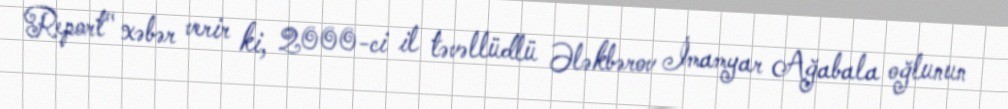
Report" xəbər verir ki, 2000-ci il təvəllüdlü Ələkbərov İmamyar Ağabala oğlunun